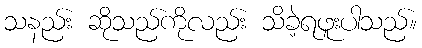
သနည်း ဆိုသည်ကိုလည်း သိခဲ့ရဖူးပါသည်။